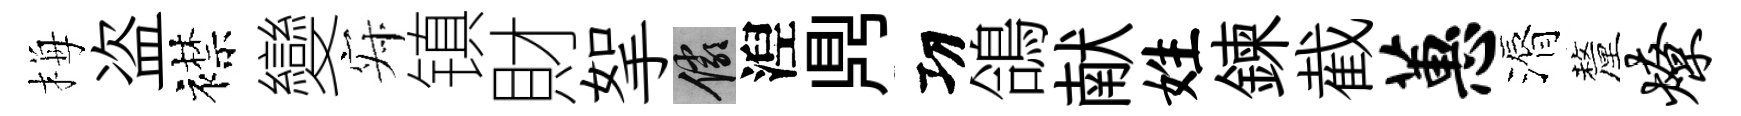
梅盗襟變寂镇財挐儼湼𪔂㓛鴿献姓鍊截蕙漘釐燎